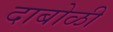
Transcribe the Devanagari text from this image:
दाबोळी